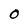
Character: 0